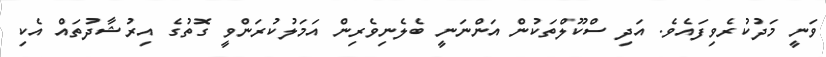
ވަނީ މަދުކުރެވިފައެވެ. އަދި ސްކޫލްތަކުން އަންނަނީ ބެލެނިވެރިން އަމަލުކުރަންވީ ގޮތުގެ އިރުޝާދުތައް އެކި